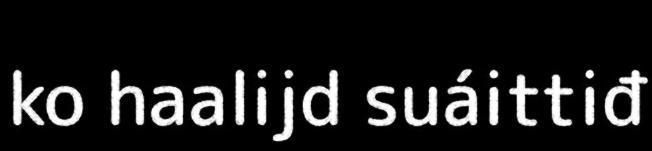
ko haalijd suáittiđ